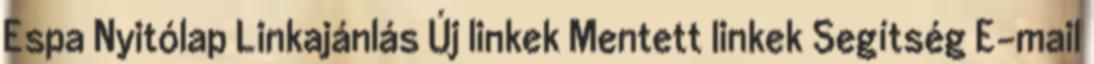
Espa Nyitólap Linkajánlás Új linkek Mentett linkek Segítség E-mail